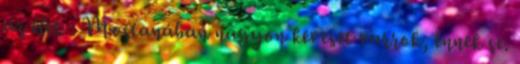
az élet. : Mostanában nagyon keveset varrok, ennek se.